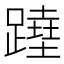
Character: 𨅣